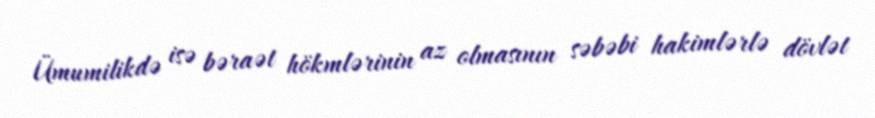
Ümumilikdə isə bəraət hökmlərinin az olmasının səbəbi hakimlərlə dövlət